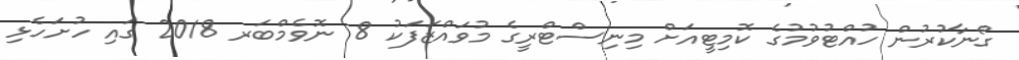
ގޯނާކުރުން ހުއްޓުވުމުގެ ކޮމިޓީއަށް މިނިސްޓްރީގެ މުވައްޒަފަކު 8 ނޮވެމްބަރ 2018 ގައި ހުށަހެޅި